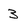
Character: 3